Scottish Leaving Certificate Examination, 1956
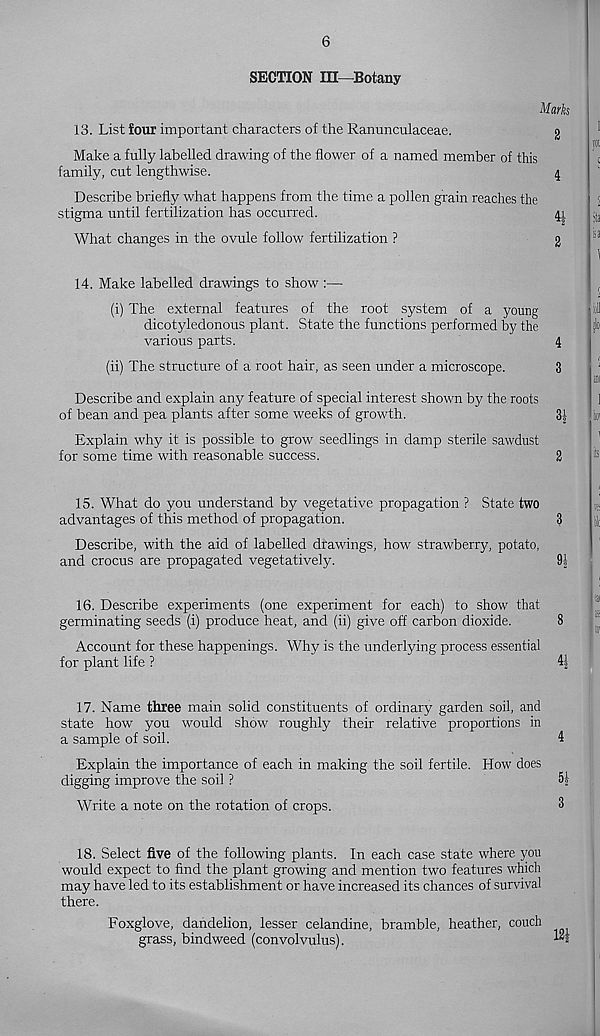
6
SECTION m—Botany
Marks
13. List four important characters of the Ranunculaceae.
g
Make a fully labelled drawing of the flower of a named member of this
family, cut lengthwise.
4
Describe briefly what happens from the time a pollen grain reaches the
stigma until fertilization has occurred.
41
What changes in the ovule follow fertilization ?
g
14. Make labelled drawings to show :—
(i) The external features of the root system of a young
dicotyledonous plant. State the functions performed by the
various parts.
4
(ii) The structure of a root hair, as seen under a microscope.
3
Describe and explain any feature of special interest shown by the roots
of bean and pea plants after some weeks of growth.
3|
Explain why it is possible to grow seedlings in damp sterile sawdust
for some time with reasonable success.
2
15. What do you understand by vegetative propagation ? State two
advantages of this method of propagation.
3
Describe, with the aid of labelled drawings, how strawberry, potato,
and crocus are propagated vegetatively.
9|
16. Describe experiments (one experiment for each) to show that
germinating seeds (i) produce heat, and (ii) give off carbon dioxide.
8
Account for these happenings. Why is the underlying process essential
for plant life ?
4|
17. Name three main solid constituents of ordinary garden soil, and
state how you would show roughly their relative proportions in
a sample of soil.
4
Explain the importance of each in making the soil fertile. How does
digging improve the soil ?
Write a note on the rotation of crops.
3
18. Select five of the following plants. In each case state where you
would expect to find the plant growing and mention two features which
may have led to its establishment or have increased its chances of survival
there.
Foxglove, dandelion, lesser celandine, bramble, heather, couch
grass, bindweed (convolvulus).